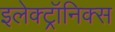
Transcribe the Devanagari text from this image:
इलेक्ट्रॉनिक्‍स